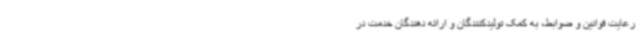
رعایت قوانین و ضوابط، به کمک تولیدکنندگان و ارائه دهندگان خدمت در